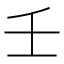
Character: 壬